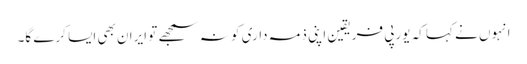
انہوں نے کہا کہ یورپی فریقین اپنی ذمہ داری کو نہ سمجھے تو ایران بھی ایسا کرے گا۔